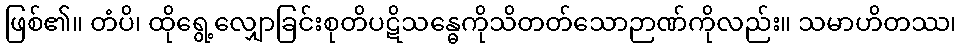
ဖြစ်၏။ တံပိ၊ ထိုရွေ့လျှောခြင်းစုတိပဋိသန္ဓေကိုသိတတ်သောဉာဏ်ကိုလည်း။ သမာဟိတဿ၊